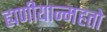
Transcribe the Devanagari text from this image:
ह्यणीयान्महतो